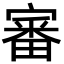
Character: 審